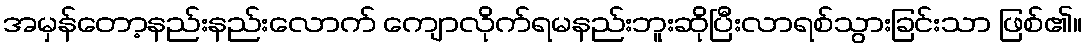
အမှန်တော့နည်းနည်းလောက် ကျောလိုက်ရမနည်းဘူးဆိုပြီးလာရစ်သွားခြင်းသာ ဖြစ်၏။